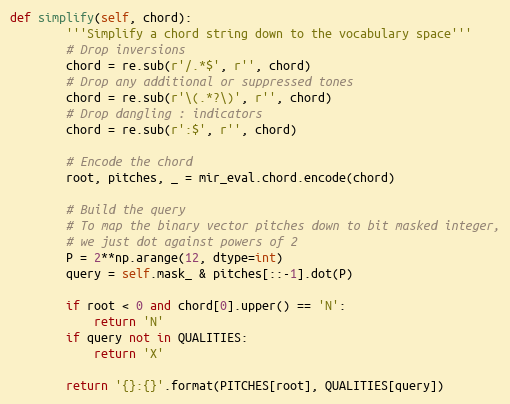
Language: Python
def simplify(self, chord):
        '''Simplify a chord string down to the vocabulary space'''
        # Drop inversions
        chord = re.sub(r'/.*$', r'', chord)
        # Drop any additional or suppressed tones
        chord = re.sub(r'\(.*?\)', r'', chord)
        # Drop dangling : indicators
        chord = re.sub(r':$', r'', chord)

        # Encode the chord
        root, pitches, _ = mir_eval.chord.encode(chord)

        # Build the query
        # To map the binary vector pitches down to bit masked integer,
        # we just dot against powers of 2
        P = 2**np.arange(12, dtype=int)
        query = self.mask_ & pitches[::-1].dot(P)

        if root < 0 and chord[0].upper() == 'N':
            return 'N'
        if query not in QUALITIES:
            return 'X'

        return '{}:{}'.format(PITCHES[root], QUALITIES[query])